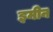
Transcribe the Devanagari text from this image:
इमीन